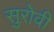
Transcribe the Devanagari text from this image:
सुरोवी